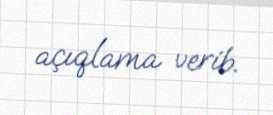
açıqlama verib.